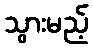
သွားမည့်